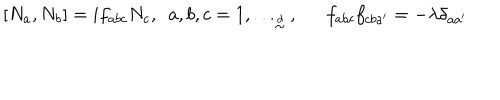
[ N _ { a } , N _ { b } ] = i f _ { a b c } N _ { c } , ~ ~ a , b , c = 1 , . . . _ { \frac { \buildrel d } { \sim } } , f _ { a b c } f _ { c b a ^ { \prime } } = - \lambda \delta _ { a a ^ { \prime } }